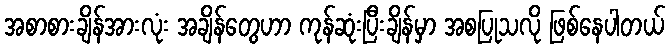
အစာစားချိန်အားလုံး အချိန်တွေဟာ ကုန်ဆုံးပြီးချိန်မှာ အစပြုသလို ဖြစ်နေပါတယ်